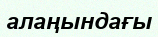
алаңындағы